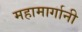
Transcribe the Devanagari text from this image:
महामार्गानी